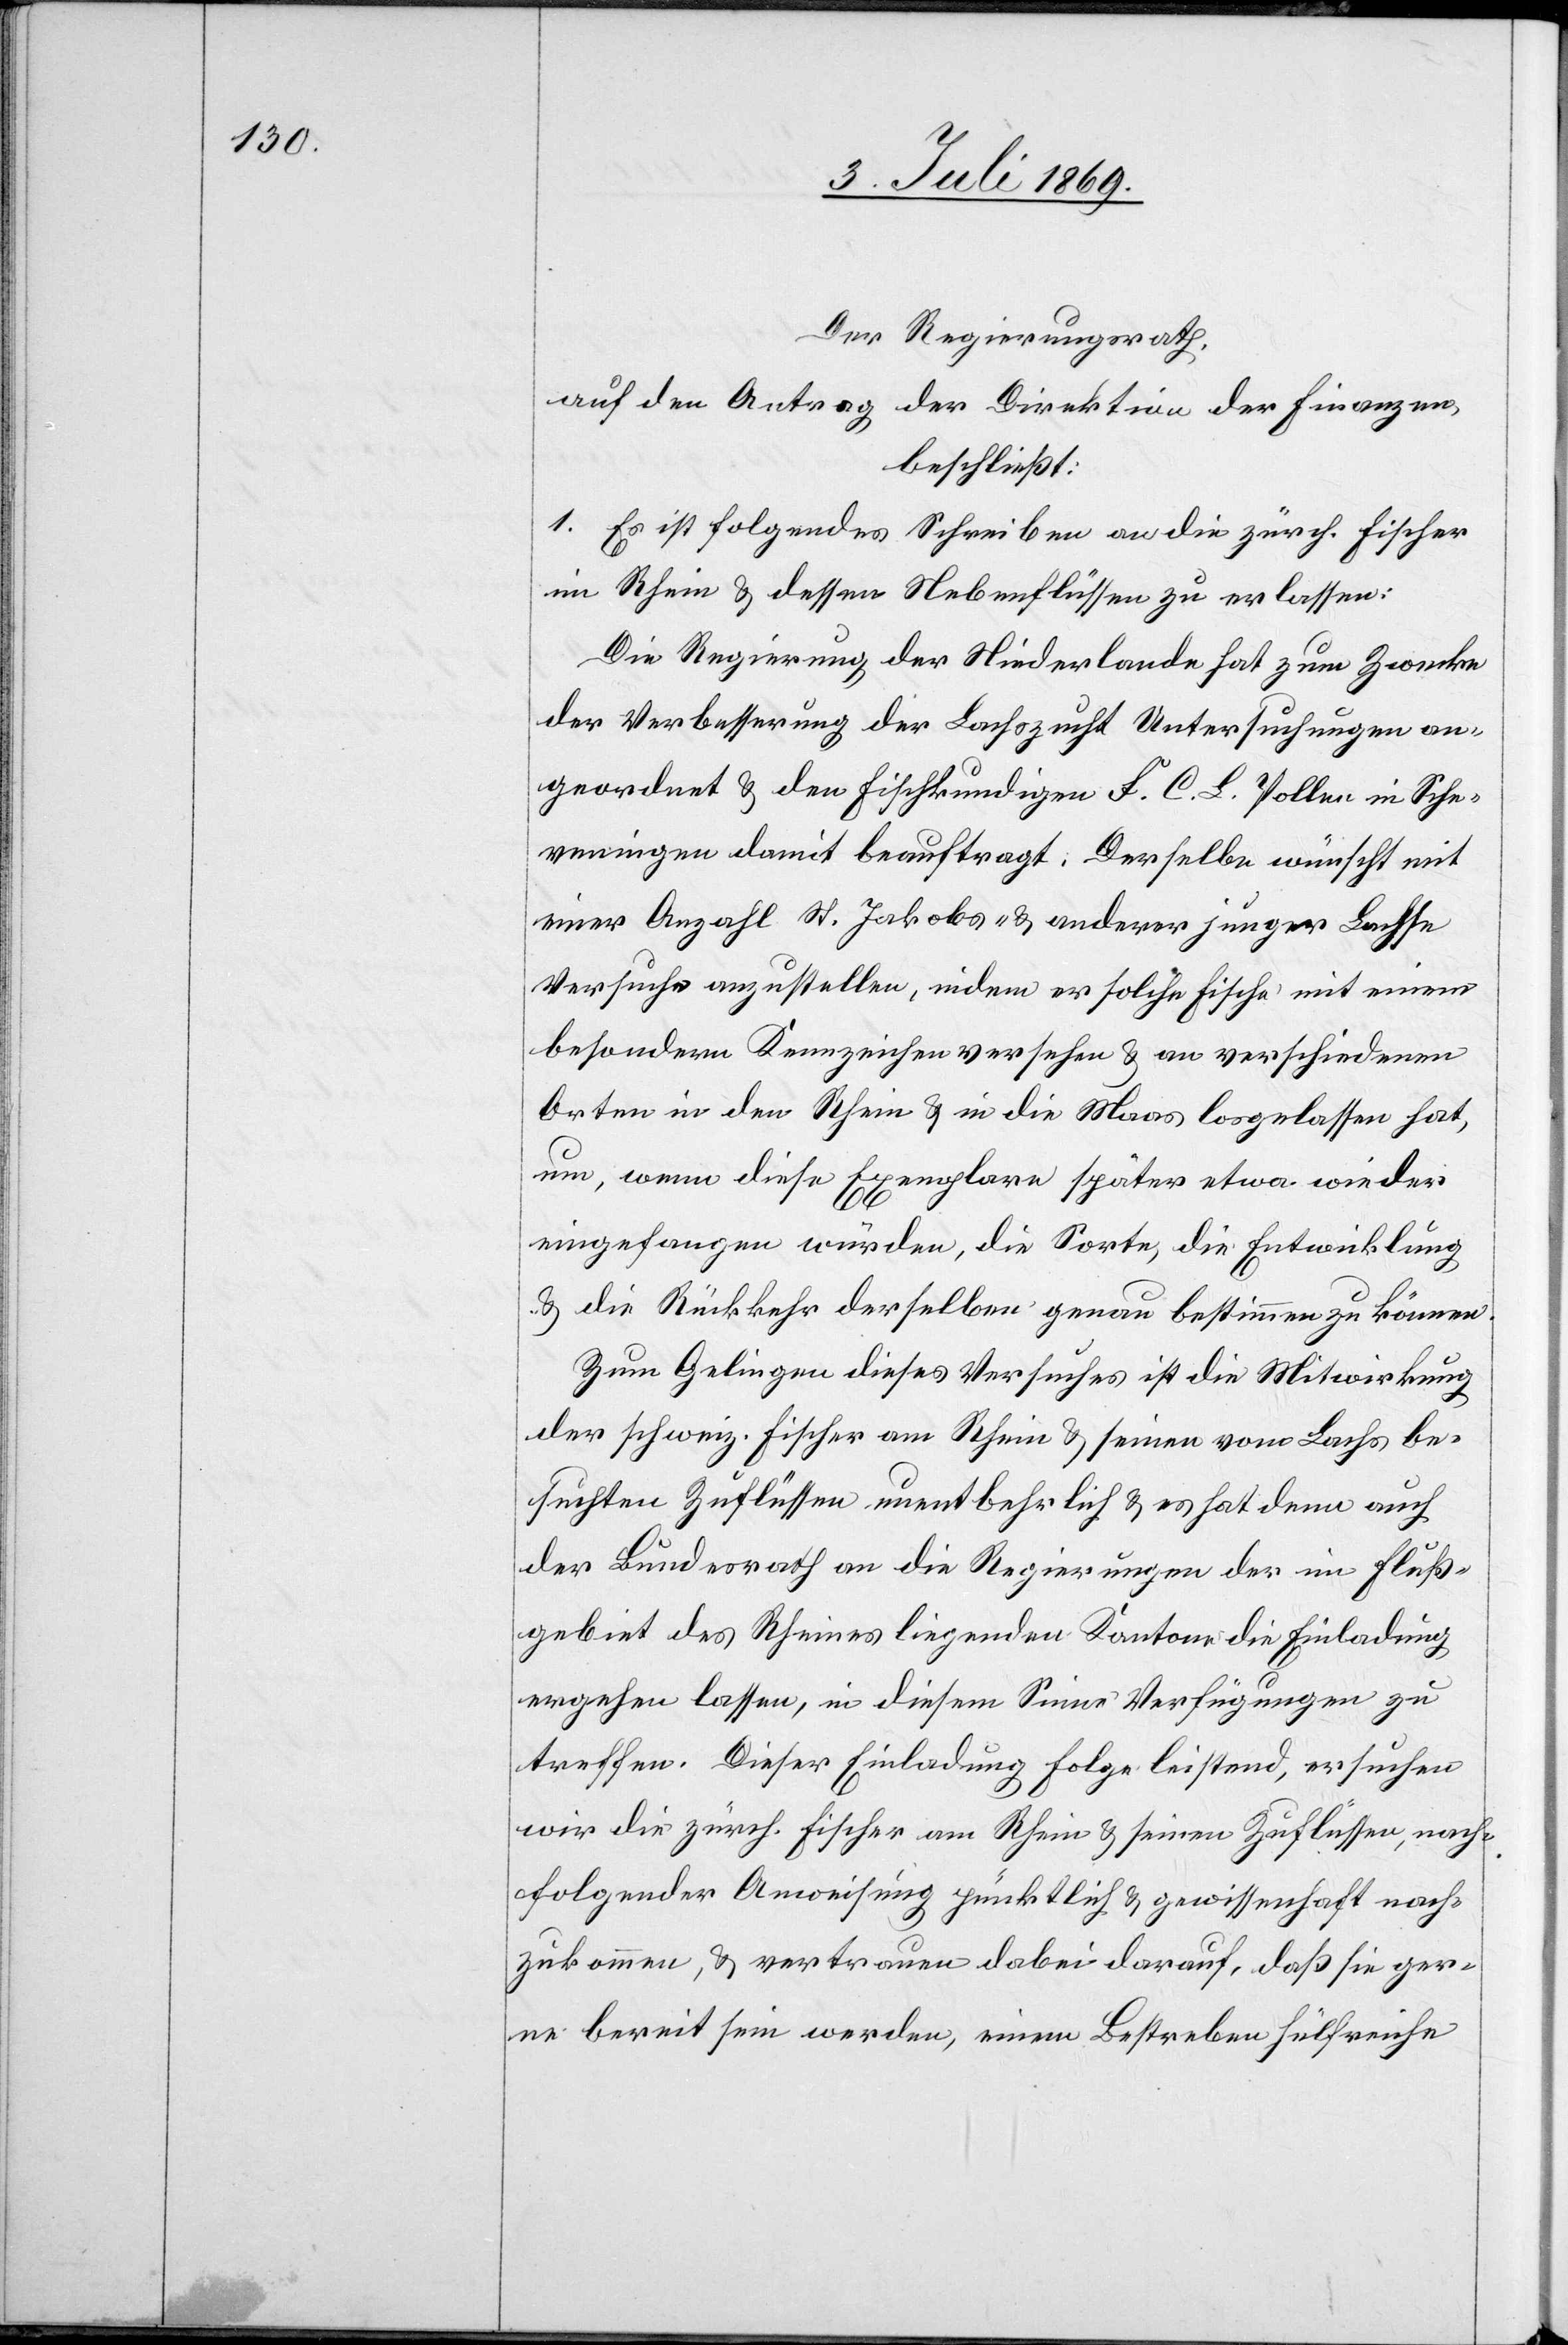
Der Regierungsrath,
auf den Antrag der Direktion der Finanzen,
beschließt:
1. Es ist folgendes Schreiben an die zürch. Fischer
im Rhein u. dessen Nebenflüssen zu erlassen:
Die Regierung der Niederlande hat zum Zwecke
der Verbesserung der Lachszucht Untersuchungen an¬
geordnet u. den Fischkundigen F. C. L. Pollen in Sche¬
veningen damit beauftragt. Derselbe wünscht mit
einer Anzahl St. Jakobs- u. anderer junger Lachse
Versuche anzustellen, indem er solche Fische mit einem
besondern Kennzeichen versehen u. an verschiedenen
Orten in den Rhein u. in die Maas losgelassen hat,
um, wenn diese Exemplare später etwa wieder
eingefangen würden, die Sorte, die Entwicklung
u. die Rückkehr derselben genau bestimmen zu können.
Zum Gelingen dieses Versuches ist die Mitwirkung
der schweiz. Fischer am Rhein u. seinen vom Lachs be¬
suchten Zuflüssen unentbehrlich u. es hat denn auch
der Bundesrath an die Regierungen der im Fluß¬
gebiet des Rheines liegenden Kantone die Einladung
ergehen lassen, in diesem Sinne Verfügungen zu
treffen. Dieser Einladung Folge leistend, ersuchen
wir die zürich. Fischer am Rhein u. seinen Zuflüssen, nach¬
folgender Anweisung pünktlich u. gewissenhaft nach¬
zukommen, u. vertrauen dabei darauf, daß sie ger¬
ne bereit sein werden, einem Bestreben hülfreiche